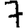
Digit: 7